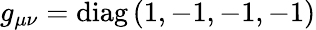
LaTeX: g_{\mu\nu}=\mathrm{diag}\, (1,-1,-1,-1)